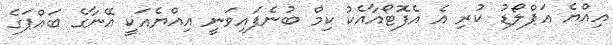
އިއްޔެ އަޕްލޯޑު ކުރި އެ އެފޮޓޯއާއެކު ކިމް ބުނެފައިވަނީ އިއްޔެއަކީ އޭނާގެ ބައްޕަގެ